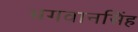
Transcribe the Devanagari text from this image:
भगवानसिंह